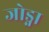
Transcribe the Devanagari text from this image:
जोड्ना